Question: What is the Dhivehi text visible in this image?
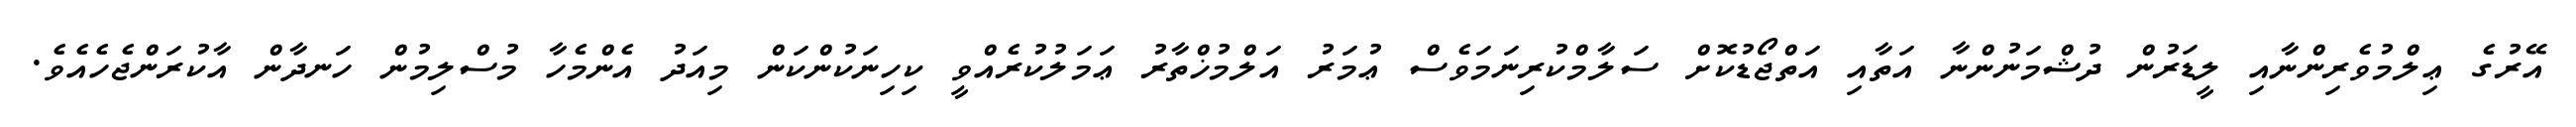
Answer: އޭރުގެ ޢިލްމުވެރިންނާއި ލީޑަރުން ދުޝްމަނުންނާ އަތާއި އަތްޖޯޑުކޮށް ސަލާމްކުރިނަމަވެސް ޢުމަރު އަލްމުޚްތާރު ޢަމަލުކުރެއްވީ ކިހިނަކުންކަން މިއަދު އެންމެހާ މުސްލިމުން ހަނދާން އާކުރަންޖެހެއެވެ.